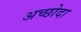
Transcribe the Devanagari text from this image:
अच्छोदा